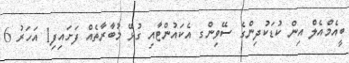
ބީއެމްއެލް އިން ކުޑަކުދިންގެ ސޭވިންގ އެކައުންޓާއި ގުޅޭ މުބާރާތެއް ފަށައިފި1 އަހަރު 6